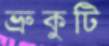
ভ্রুকুটি